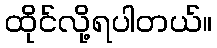
ထိုင်လို့ရပါတယ်။